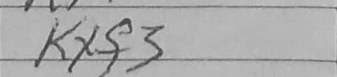
Transcription: Kxf3